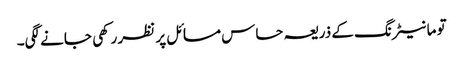
تو مانیٹرنگ کے ذریعہ حساس مسائل پر نظر رکھی جانے لگی۔